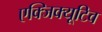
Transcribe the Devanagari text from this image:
एक्‍जिक्‍यूटिव